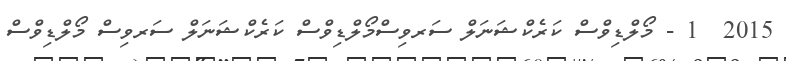
2015  1 - މޯލްޑިވްސް ކަރެކްޝަނަލް ސަރވިސްމޯލްޑިވްސް ކަރެކްޝަނަލް ސަރވިސް މޯލްޑިވްސް